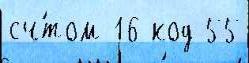
сч́том 16 код 55